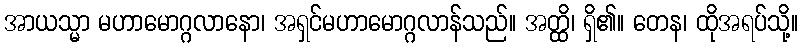
အာယသ္မာ မဟာမောဂ္ဂလာနော၊ အရှင်မဟာမောဂ္ဂလာန်သည်။ အတ္ထိ၊ ရှိ၏။ တေန၊ ထိုအရပ်သို့။